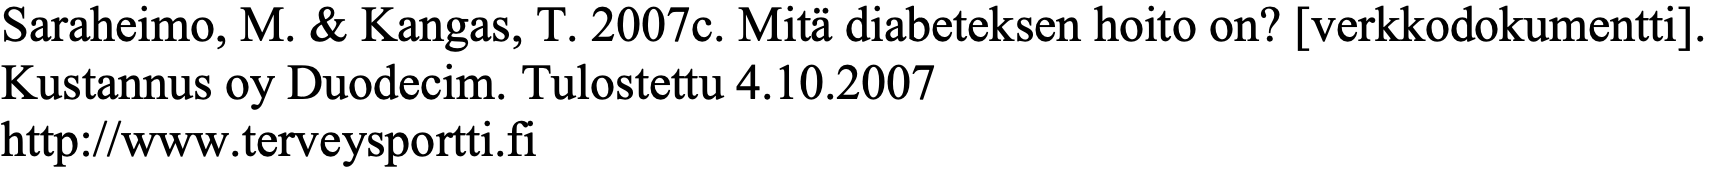
Saraheimo, M. & Kangas, T. 2007c. Mitä diabeteksen hoito on? [verkkodokumentti]. Kustannus oy Duodecim. Tulostettu 4.10.2007 http://www.terveysportti.fi